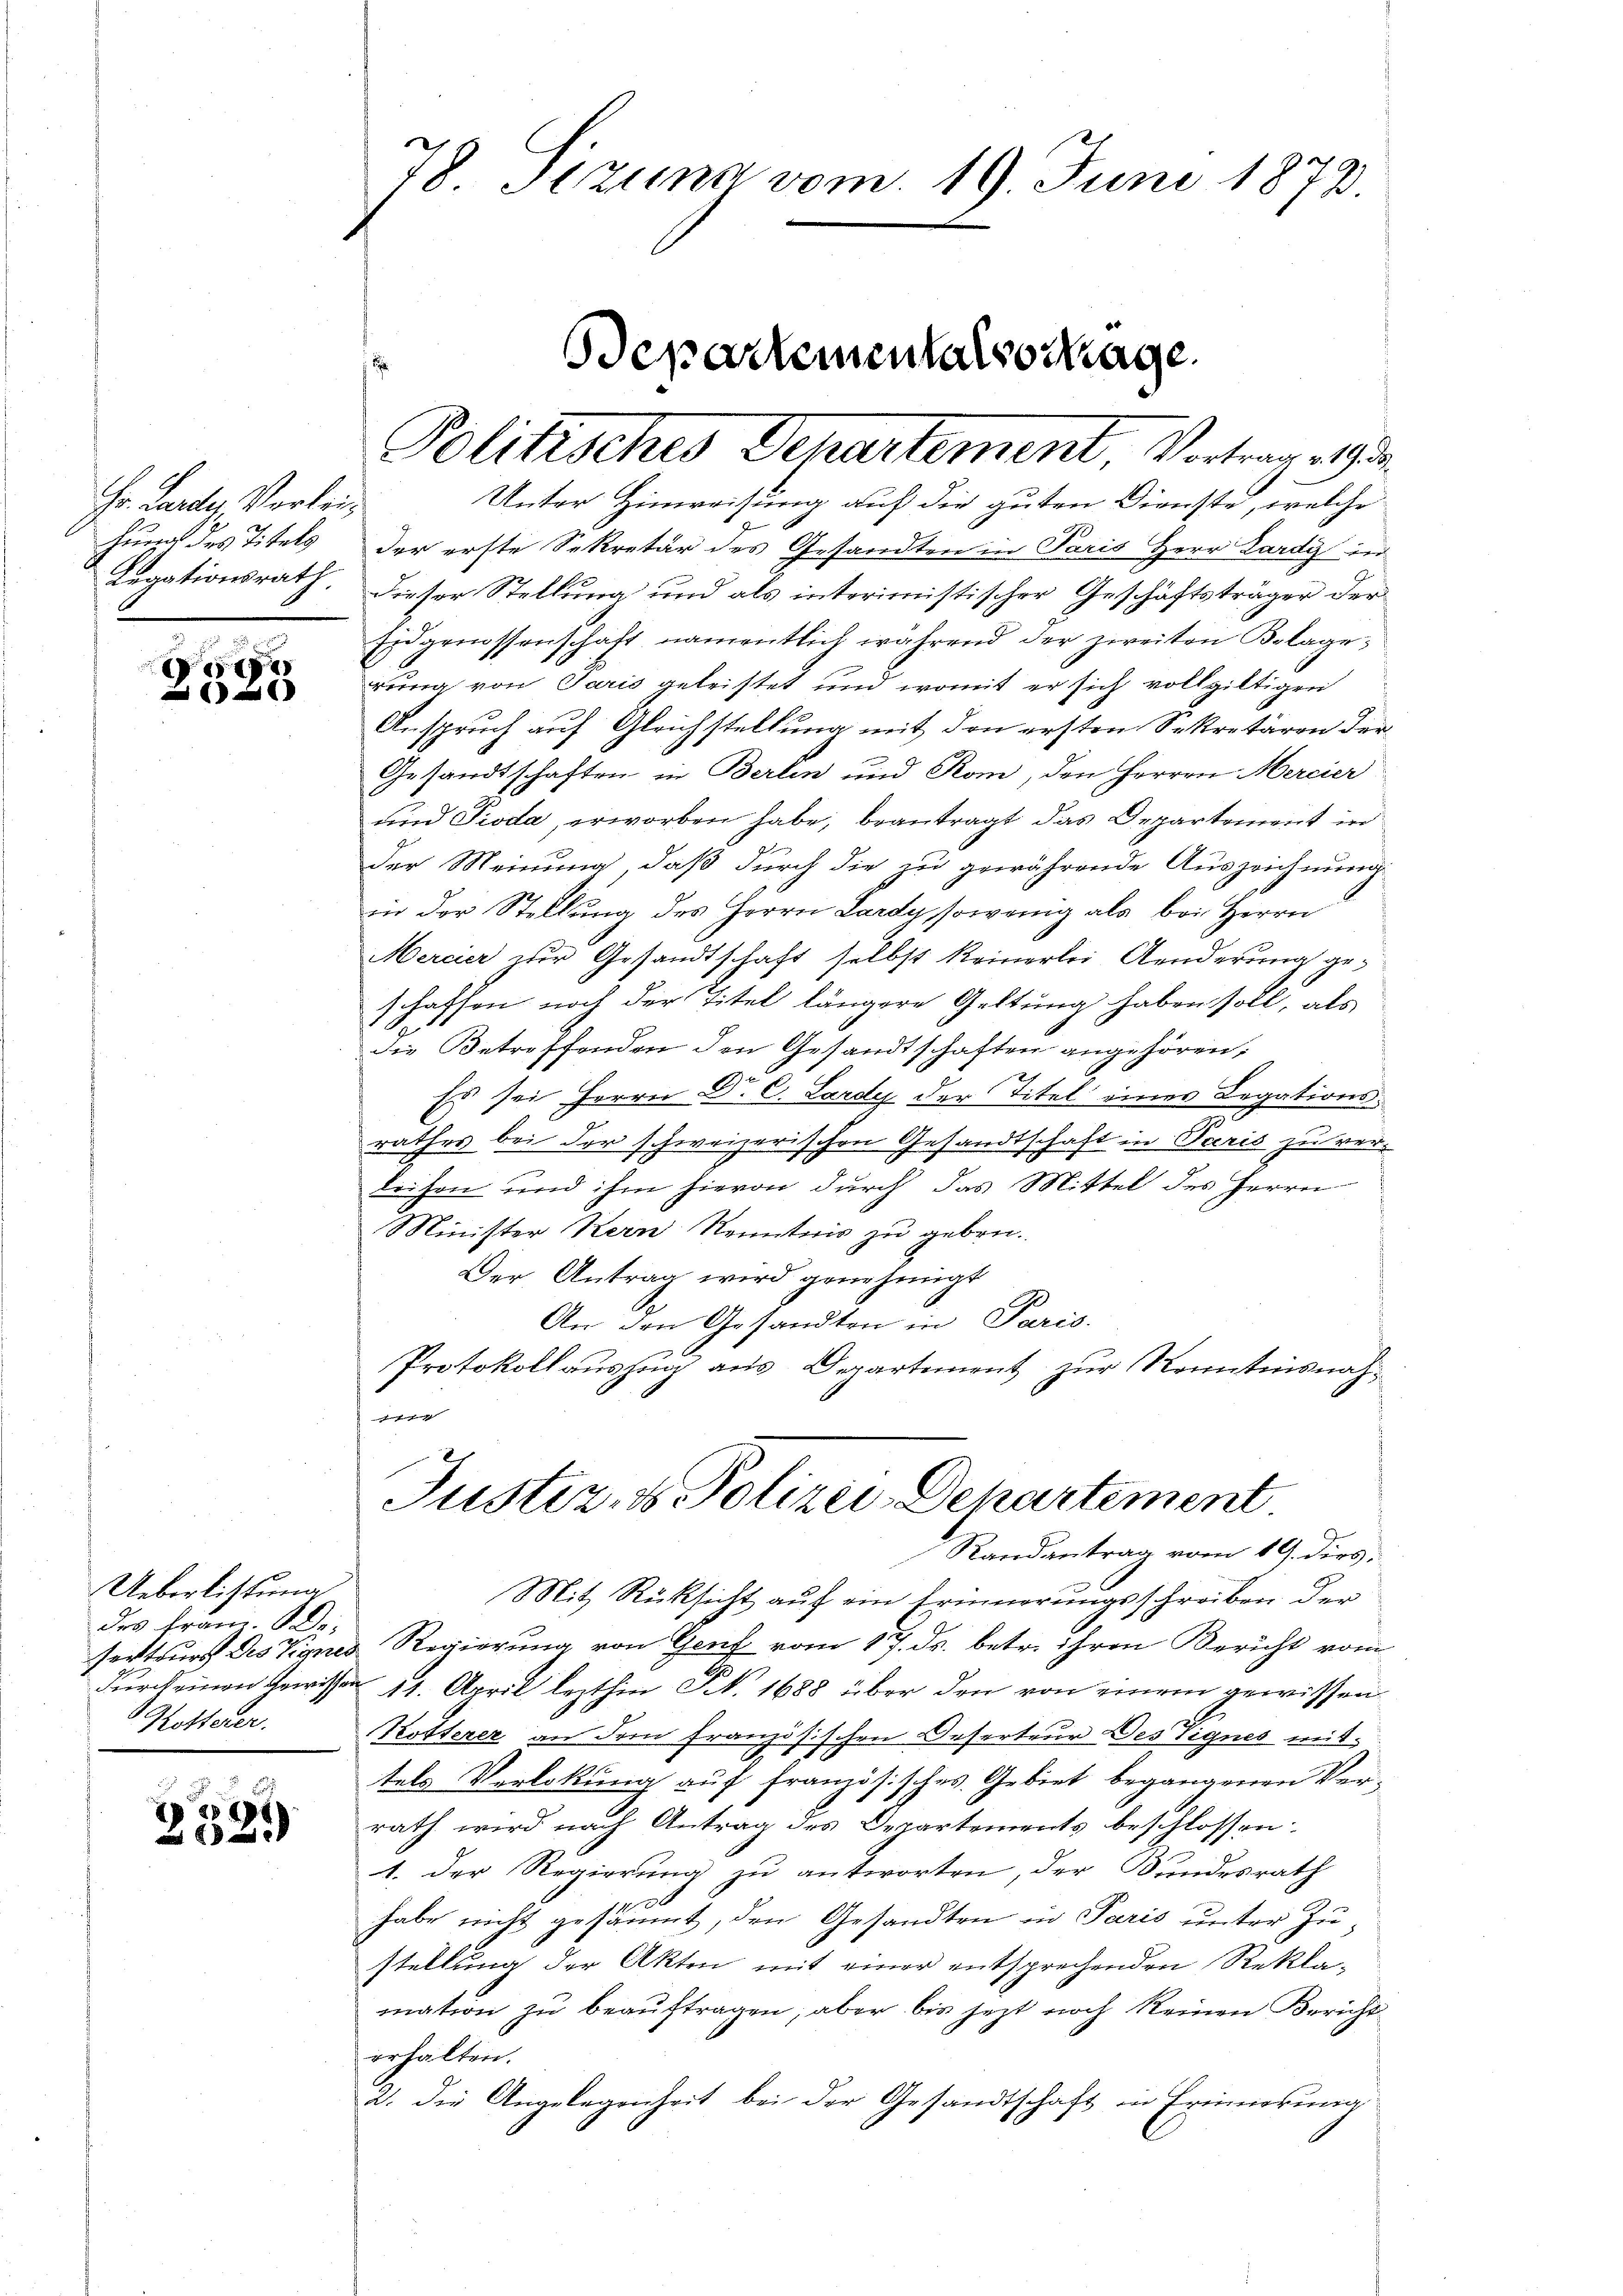
Hr. Lander Verleihung des Titels
Legationsrath

e

Ueberlichtung
des fran. De
Rotterer.

268
2

78 Stzung vom 19. Juni 1873.

Unter Hinweisung auf die guten Dienste, welche
der erste Sekretär des Gesandten in Paris Herr Lardy der
dieser Stellung und als interimistischer Geschäftsträger der
Eidgenossenschaft, namentlich während der zweiten Belage,
rung von Paris geleistet und womit er sich vollgiltigen
Anspruch auf Gleichstellung mit den ersten Sekretären der
Gesandtschaften in Berlin und Ron, den Herren Mercier
und Pioda, erworben habe, beantragt das Departement in
der Meinung, daß durch die zu gewährende Auszeichnung
in der Stellung des Herrn Lardy, sowenig als bei Herrn
Mercier der Gesandtschaft selbst keinerlei Aenderung geschaffen noch der Titel längere Geltung haben soll, als
die Betreffenden den Gesandtschaften angehören,
Es sei Herrn Dr. C. Lardy der Titel eines Legationsrathes bei der schweizerischen Gesandtschaft in Paris zu verleisen und ihm hievon durch das Mittel des Herrn
Minister Kern Kenntnis zu geben.
Der Antrag wird genehmigt
An den Gesandten in Paris.
Protokollauszug aus Departement zur Kenntnisnah¬
1
Justiz- & Polizei-Departement
Randantrag vom 19. dies
Mit Rücksicht auf ein Erinnerungsschreiben der
serteurs des Vignes Regierung von Genf vom 17. ds. betr. ihren Bericht vom
durch einen Gewissen 14. April lezthin Nr. 1688 über den von einem gewissen
Kötterer an dem französischen Deserteur Des Vignes mittels Verlobung auf französisches Gebiet begangenen Ver-
rath wird nach Antrag des Departements beschlossen:
1. Der Regierung zu antworten, der Bundesrath
habe nicht gesäumt, den Gesandten in Paris unter Zustellung der Akten mit einer entsprechenden Reklamation zŭ beaŭftragen; aber bis jetzt noch keinen Bericht
erhalten.
2. die Angelegenheit bei der Gesandtschaft in Erinnerung

Politisches Departement, Vortrage

departementalso Mage